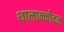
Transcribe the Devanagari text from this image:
थालाक्कोदन